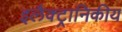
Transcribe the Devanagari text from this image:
इलैक्ट्रानिकीय